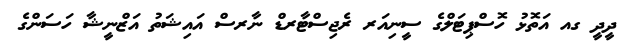
ދީދީ ގއ އަތޮޅު ހޮސްޕިޓަލްގެ ސީނިއަރ ރެޖިސްޓާރޑް ނާރސް އައިޝަތު އަޒްނީޝާ ހަސަންގެ